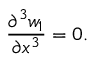
\frac { \partial ^ { 3 } w _ { 1 } } { \partial x ^ { 3 } } = 0 .